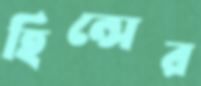
হিন্সের